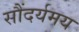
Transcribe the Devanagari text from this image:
सौंदर्यमय